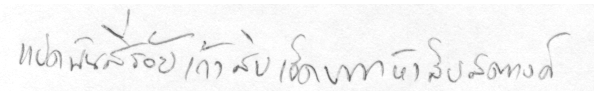
แปดพันสี่ร้อยเก้าสิบเอ็ดบาทห้าสิบสตางค์